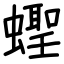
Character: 蟶